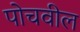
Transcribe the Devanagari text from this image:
पोचवील